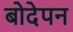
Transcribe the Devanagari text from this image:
बोदेपन